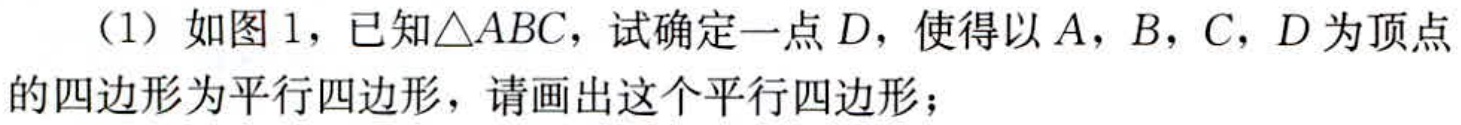
（1）如图 1，已知\(\triangle ABC\)，试确定一点\(D\)，使得以\(A\)，\(B\)，\(C\)，\(D\)为顶点的四边形为平行四边形，请画出这个平行四边形；